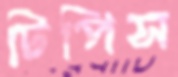
টিপিস